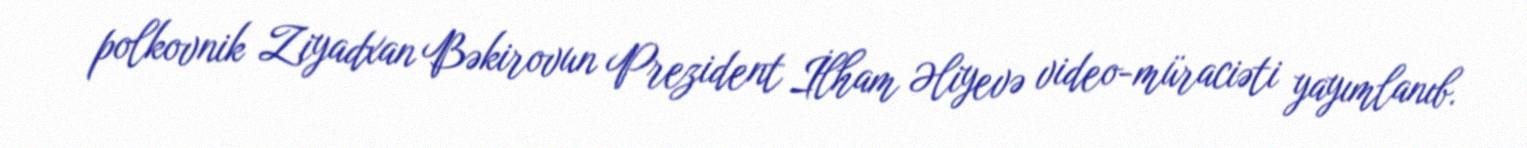
polkovnik Ziyadxan Bəkirovun Prezident İlham Əliyevə video-müraciəti yayımlanıb.